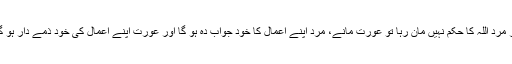
اگر مرد اللہ کا حکم نہیں مان رہا تو عورت مانے، مرد اپنے اعمال کا خود جواب دہ ہو گا اور عورت اپنے اعمال کی خود ذمے دار ہو گی۔